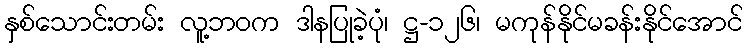
နှစ်သောင်းတမ်း လူ့ဘဝက ဒါနပြုခဲ့ပုံ၊ ဋ္ဌ-၁၂၆၊ မကုန်နိုင်မခန်းနိုင်အောင်